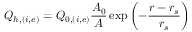
Q _ { h , ( i , e ) } = Q _ { 0 , ( i , e ) } \frac { A _ { 0 } } { A } \exp \left( - \frac { r - r _ { s } } { r _ { s } } \right)